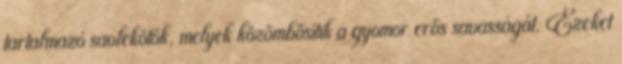
tartalmazó savlekötők, melyek közömbösítik a gyomor erős savasságát. Ezeket